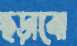
ছড়াবো